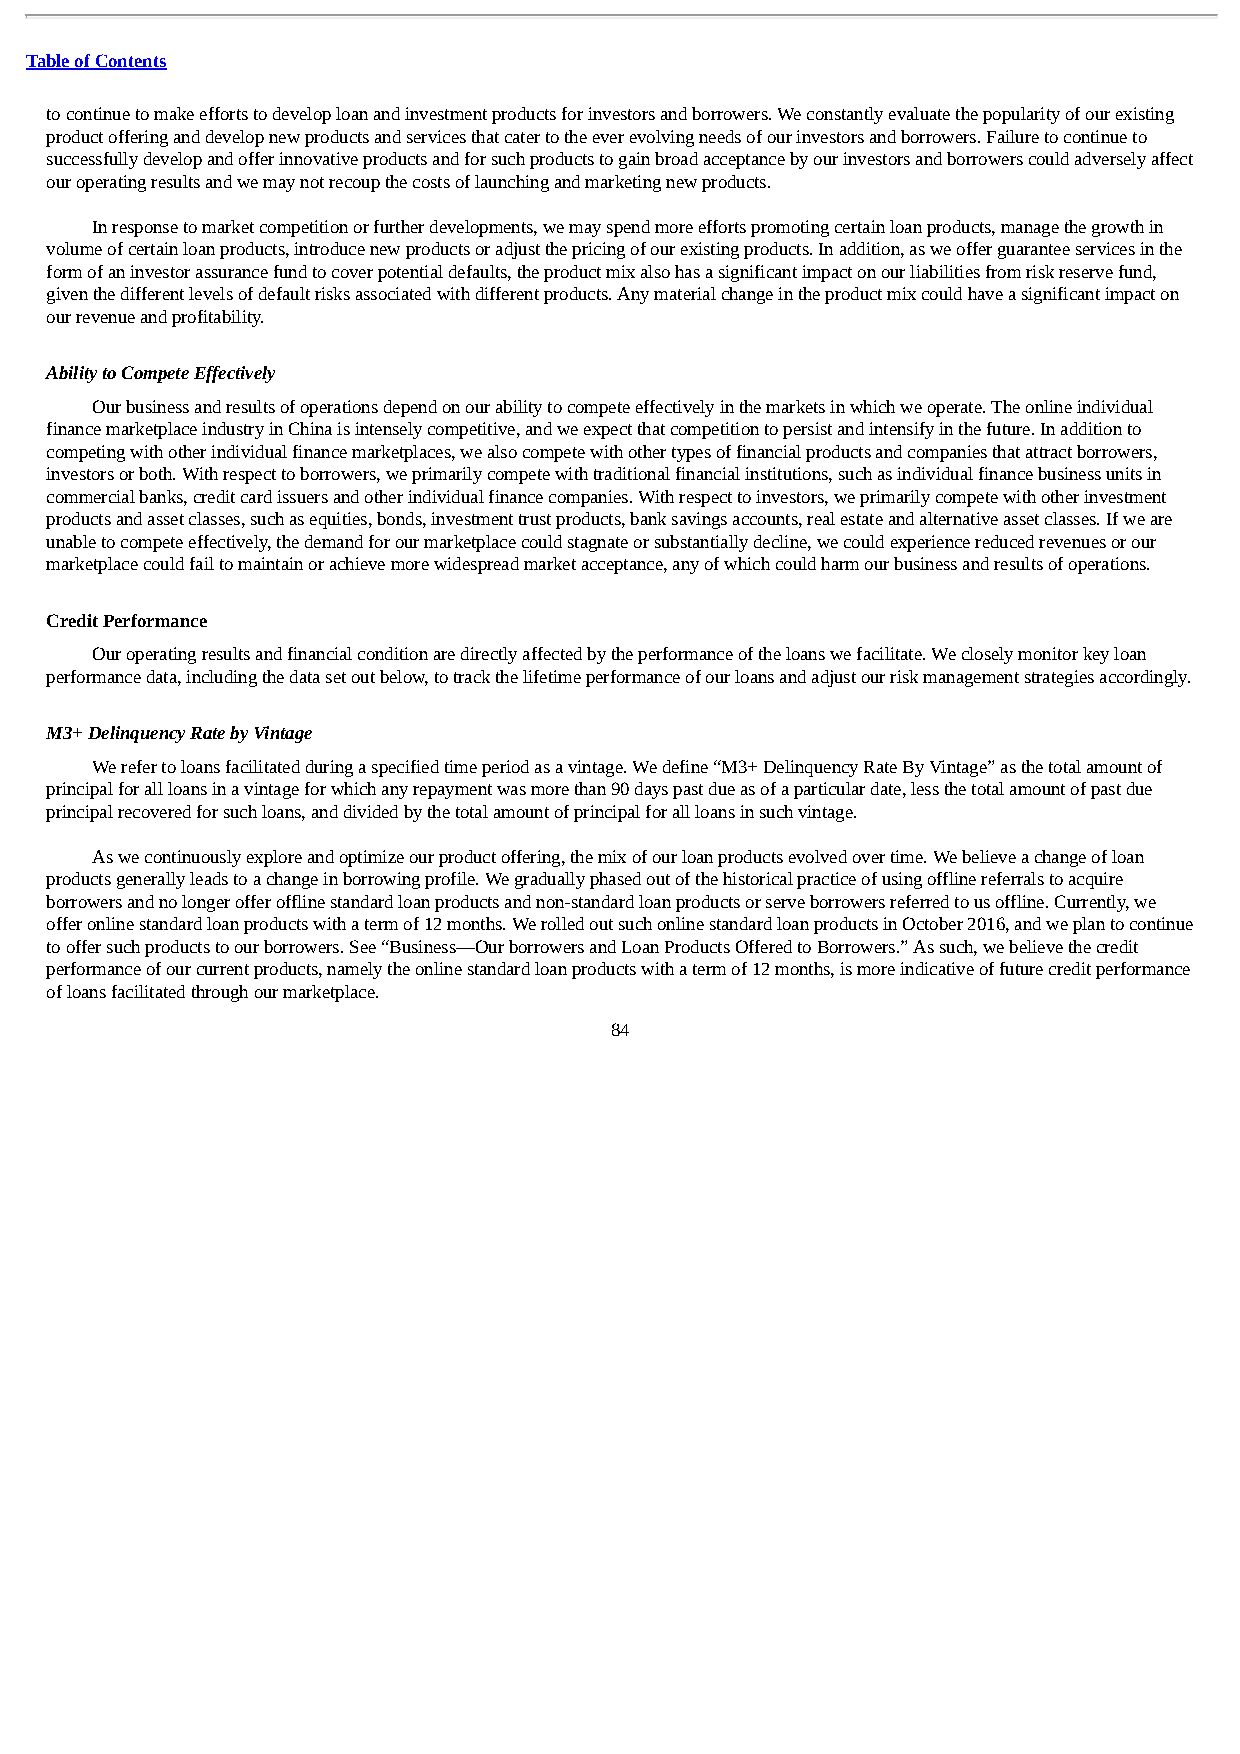
Table of Contents
 to continue to make efforts to develop loan and investment products for investors and borrowers. We constantly evaluate the popularity of our existing
 product offering and develop new products and services that cater to the ever evolving needs of our investors and borrowers. Failure to continue to
 successfully develop and offer innovative products and for such products to gain broad acceptance by our investors and borrowers could adversely affect
 our operating results and we may not recoup the costs of launching and marketing new products.
 In response to market competition or further developments, we may spend more efforts promoting certain loan products, manage the growth in
 volume of certain loan products, introduce new products or adjust the pricing of our existing products. In addition, as we offer guarantee services in the
 form of an investor assurance fund to cover potential defaults, the product mix also has a significant impact on our liabilities from risk reserve fund,
 given the different levels of default risks associated with different products. Any material change in the product mix could have a significant impact on
 our revenue and profitability.
 Ability to Compete Effectively
 Our business and results of operations depend on our ability to compete effectively in the markets in which we operate. The online individual
 finance marketplace industry in China is intensely competitive, and we expect that competition to persist and intensify in the future. In addition to
 competing with other individual finance marketplaces, we also compete with other types of financial products and companies that attract borrowers,
 investors or both. With respect to borrowers, we primarily compete with traditional financial institutions, such as individual finance business units in
 commercial banks, credit card issuers and other individual finance companies. With respect to investors, we primarily compete with other investment
 products and asset classes, such as equities, bonds, investment trust products, bank savings accounts, real estate and alternative asset classes. If we are
 unable to compete effectively, the demand for our marketplace could stagnate or substantially decline, we could experience reduced revenues or our
 marketplace could fail to maintain or achieve more widespread market acceptance, any of which could harm our business and results of operations.
 Credit Performance
 Our operating results and financial condition are directly affected by the performance of the loans we facilitate. We closely monitor key loan
 performance data, including the data set out below, to track the lifetime performance of our loans and adjust our risk management strategies accordingly.
 M3+ Delinquency Rate by Vintage
 We refer to loans facilitated during a specified time period as a vintage. We define “M3+ Delinquency Rate By Vintage” as the total amount of
 principal for all loans in a vintage for which any repayment was more than 90 days past due as of a particular date, less the total amount of past due
 principal recovered for such loans, and divided by the total amount of principal for all loans in such vintage.
 As we continuously explore and optimize our product offering, the mix of our loan products evolved over time. We believe a change of loan
 products generally leads to a change in borrowing profile. We gradually phased out of the historical practice of using offline referrals to acquire
 borrowers and no longer offer offline standard loan products and non-standard loan products or serve borrowers referred to us offline. Currently, we
 offer online standard loan products with a term of 12 months. We rolled out such online standard loan products in October 2016, and we plan to continue
 to offer such products to our borrowers. See “Business—Our borrowers and Loan Products Offered to Borrowers.” As such, we believe the credit
 performance of our current products, namely the online standard loan products with a term of 12 months, is more indicative of future credit performance
 of loans facilitated through our marketplace.
 84